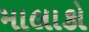
માલાકો